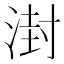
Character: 湗